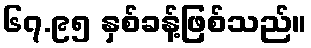
၆၇.၉၅ နှစ်ခန့်ဖြစ်သည်။